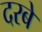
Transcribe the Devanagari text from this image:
दरबे